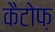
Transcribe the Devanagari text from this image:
कैटोफ़